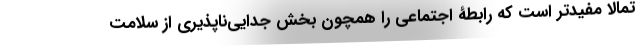
تمالاً مفیدتر است که رابطۀ اجتماعی را همچون بخش جدایی‌ناپذیری از سلامت